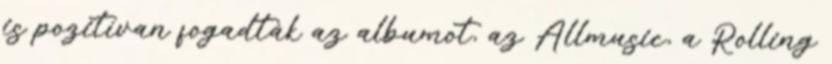
is pozitívan fogadták az albumot, az Allmusic, a Rolling